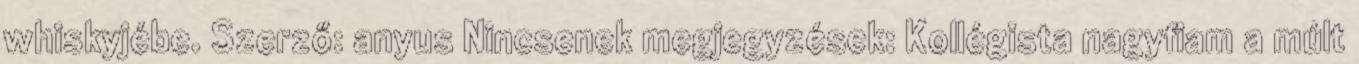
whiskyjébe. Szerző: anyus Nincsenek megjegyzések: Kollégista nagyfiam a múlt